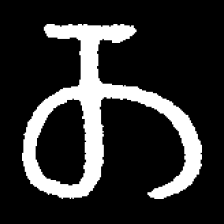
Pyu character \u2014 Myanmar letter: တ (romanized: ta)